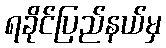
ရခိုင်ပြည်နယ်မှ